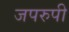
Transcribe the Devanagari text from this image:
जपरुपी